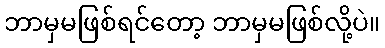
ဘာမှမဖြစ်ရင်တော့ ဘာမှမဖြစ်လို့ပဲ။